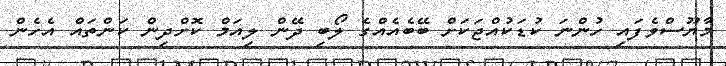
މާޔޫސްވެފައި ހުންނަ ކުޑަކުއްޖަކަށް ބޭބެއެއްގެ ލޯބި ދޭން ލިއަމް ކޮށްދިން ކަންތައް އެހެން